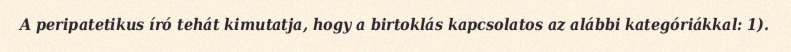
A peripatetikus író tehát kimutatja, hogy a birtoklás kapcsolatos az alábbi kategóriákkal: 1).